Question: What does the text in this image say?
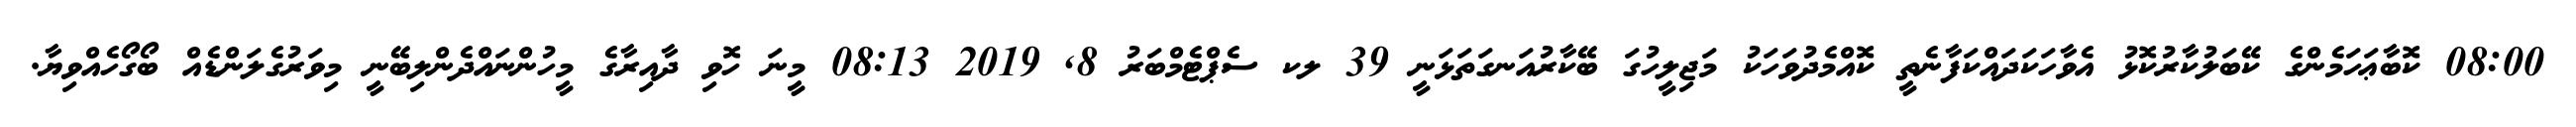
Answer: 08:00 ކޮބާޢަހަމެންގެ ކޭބަލުކާރުކޮޅު އެވާހަކަދައްކަފާނެތީ ކޮއްމެދުވަހަކު މަޖިލީހުގަ ބޭކާރުއަނގަތަޅަނީ 39 ލކ ސެޕްޓެމްބަރު 8, 2019 08:13 މީނަ ހޮވި ދާއިރާގެ މީހުންނައްދެންލިބޭނީ މިވަރުގެލަންޑެއް ބޯގޯހެއްވިޔާ.